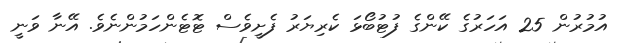
އުމުރުން 25 އަހަރުގެ ކޭންގެ ފުޓުބޯޅަ ކެރިޔަރު ފެށީވެސް ޓޮޓެންހަމުންނެވެ. އޭނާ ވަނީ